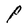
Character: P